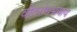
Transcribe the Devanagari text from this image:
वीतरोगभयाय